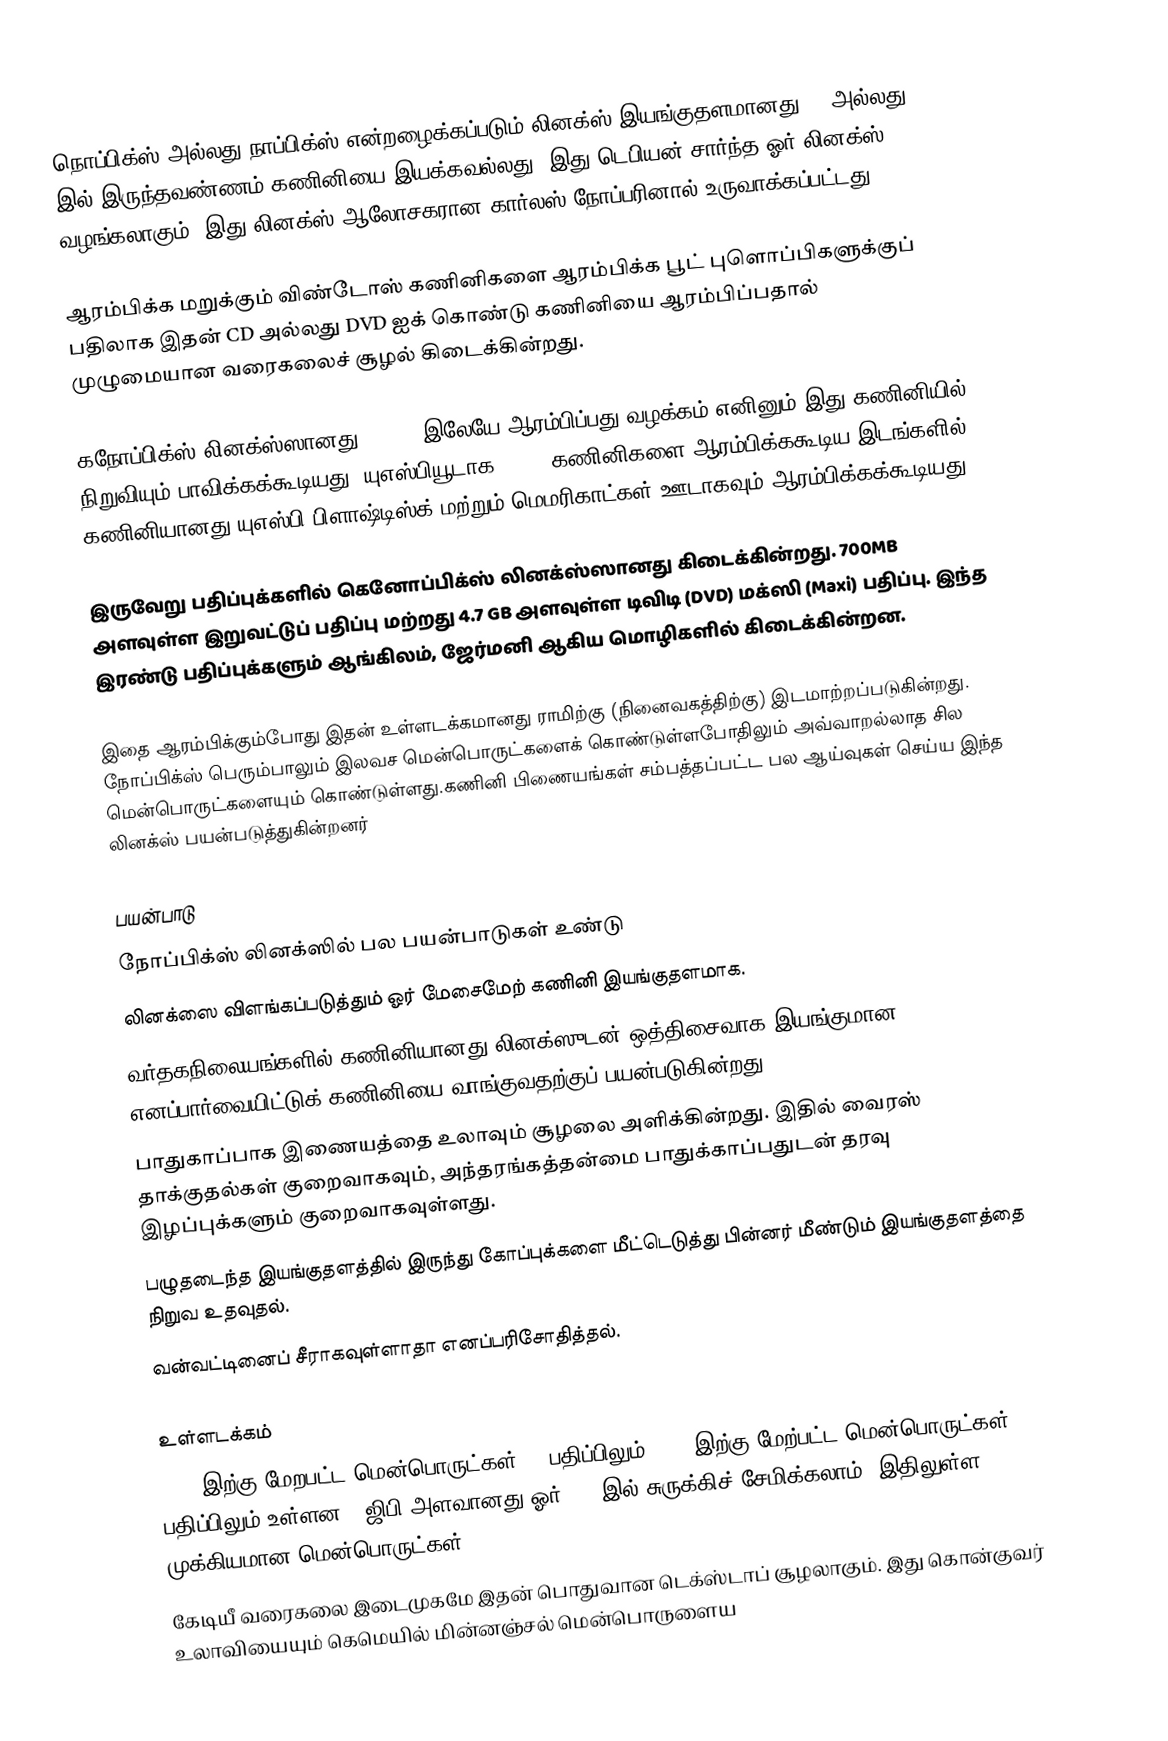
நொப்பிக்ஸ் அல்லது நாப்பிக்ஸ் என்றழைக்கப்படும் லினக்ஸ் இயங்குதளமானது CD அல்லது DVD இல் இருந்தவண்ணம் கணினியை இயக்கவல்லது. இது டெபியன் சார்ந்த ஓர் லினக்ஸ் வழங்கலாகும். இது லினக்ஸ் ஆலோசகரான கார்லஸ் நோப்பரினால் உருவாக்கப்பட்டது.

ஆரம்பிக்க மறுக்கும் விண்டோஸ் கணினிகளை ஆரம்பிக்க பூட் புளொப்பிகளுக்குப் பதிலாக இதன் CD அல்லது DVD ஐக் கொண்டு கணினியை ஆரம்பிப்பதால் முழுமையான வரைகலைச் சூழல் கிடைக்கின்றது.

கநோப்பிக்ஸ் லினக்ஸ்ஸானது CD/DVD இலேயே ஆரம்பிப்பது வழக்கம் எனினும் இது கணினியில் நிறுவியும் பாவிக்கக்கூடியது. யுஎஸ்பியூடாக (USB) கணினிகளை ஆரம்பிக்ககூடிய இடங்களில் கணினியானது யுஎஸ்பி பிளாஷ்டிஸ்க் மற்றும் மெமரிகாட்கள் ஊடாகவும் ஆரம்பிக்கக்கூடியது.

இருவேறு பதிப்புக்களில் கெனோப்பிக்ஸ் லினக்ஸ்ஸானது கிடைக்கின்றது. 700MB அளவுள்ள இறுவட்டுப் பதிப்பு மற்றது 4.7 GB அளவுள்ள டிவிடி (DVD) மக்ஸி (Maxi) பதிப்பு. இந்த இரண்டு பதிப்புக்களும் ஆங்கிலம், ஜேர்மனி ஆகிய மொழிகளில் கிடைக்கின்றன.

இதை ஆரம்பிக்கும்போது இதன் உள்ளடக்கமானது ராமிற்கு (நினைவகத்திற்கு) இடமாற்றப்படுகின்றது. நோப்பிக்ஸ் பெரும்பாலும் இலவச மென்பொருட்களைக் கொண்டுள்ளபோதிலும் அவ்வாறல்லாத சில மென்பொருட்களையும் கொண்டுள்ளது.கணினி பிணையங்கள் சம்பத்தப்பட்ட பல ஆய்வுகள் செய்ய இந்த லினக்ஸ் பயன்படுத்துகின்றனர்

பயன்பாடு
நோப்பிக்ஸ் லினக்ஸில் பல பயன்பாடுகள் உண்டு
லினக்ஸை விளங்கப்படுத்தும் ஓர் மேசைமேற் கணினி இயங்குதளமாக.
வர்தகநிலையங்களில் கணினியானது லினக்ஸுடன் ஒத்திசைவாக இயங்குமான எனப்பார்வையிட்டுக் கணினியை வாங்குவதற்குப் பயன்படுகின்றது.
பாதுகாப்பாக இணையத்தை உலாவும் சூழலை அளிக்கின்றது. இதில் வைரஸ் தாக்குதல்கள் குறைவாகவும், அந்தரங்கத்தன்மை பாதுக்காப்பதுடன் தரவு இழப்புக்களும் குறைவாகவுள்ளது.
பழுதடைந்த இயங்குதளத்தில் இருந்து கோப்புக்களை மீட்டெடுத்து பின்னர் மீண்டும் இயங்குதளத்தை நிறுவ உதவுதல்.
வன்வட்டினைப் சீராகவுள்ளாதா எனப்பரிசோதித்தல்.

உள்ளடக்கம்
1000 இற்கு மேறபட்ட மென்பொருட்கள் CD பதிப்பிலும் 2600 இற்கு மேற்பட்ட மென்பொருட்கள் DVD பதிப்பிலும் உள்ளன. 9ஜிபி அளவானது ஓர் DVD இல் சுருக்கிச் சேமிக்கலாம். இதிலுள்ள முக்கியமான மென்பொருட்கள்
கேடியீ வரைகலை இடைமுகமே இதன் பொதுவான டெக்ஸ்டாப் சூழலாகும். இது கொன்குவர் உலாவியையும் கெமெயில் மின்னஞ்சல் மென்பொருளைய